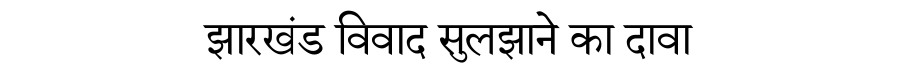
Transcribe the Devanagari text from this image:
झारखंड विवाद सुलझाने का दावा